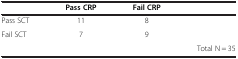
<table><thead><tr><td><b> </b></td><td><b>Pass CRP</b></td><td><b>Fail CRP</b></td><td><b> </b></td></tr></thead><tbody><tr><td>Pass SCT</td><td>11</td><td>8</td><td> </td></tr><tr><td>Fail SCT</td><td>7</td><td>9</td><td> </td></tr><tr><td> </td><td> </td><td> </td><td>Total N = 35</td></tr></tbody></table>